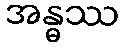
အန္ဓဿ